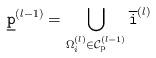
LaTeX: \begin{align*}\underline{\texttt{p}}^{(l-1)} &= \bigcup_{\Omega_{i}^{(l)} \in \mathcal{C}_{\mathrm{p}}^{(l-1)}} \overline{\texttt{i}}^{(l)}\end{align*}